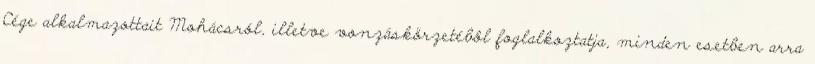
Cége alkalmazottait Mohácsról, illetve vonzáskörzetébôl foglalkoztatja, minden esetben arra